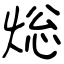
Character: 焧